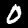
Digit: 0